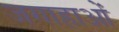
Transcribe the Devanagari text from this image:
जगाहाओं